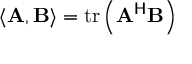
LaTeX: \langle \mathbf { A } , \mathbf { B } \rangle = \operatorname { t r } \left( \mathbf { A } ^ { \mathsf { H } } \mathbf { B } \right)